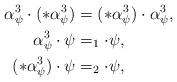
LaTeX: \begin{align*}\alpha_{\psi}^3 \cdot (\ast \alpha_{\psi}^3) &= (\ast \alpha_{\psi}^3) \cdot \alpha_{\psi}^3, \\\alpha_{\psi}^3 \cdot \psi &= _1 \cdot \psi, \\(\ast \alpha_{\psi}^3) \cdot \psi &= _2 \cdot \psi,\end{align*}